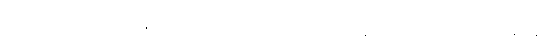
ဓမ္မဂုတ်။ ။ သွားတဲ့အတွက်တော့ အကျိုးရှိမှာပေါ့နော်၊ ရန်ကုန်သွားပုံ ပြန်ပုံနဲ့